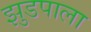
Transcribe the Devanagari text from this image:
झुडपाला